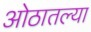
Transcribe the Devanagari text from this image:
ओठातल्या